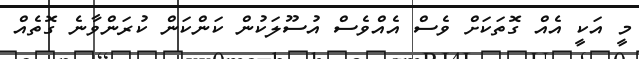
މީ އަކީ އެއް ގޮތަަކަށް ވެސް އެއްވެސް އުސޫލަކުން ކަންކަން ކުރަންވާނެ ގޮތެއް